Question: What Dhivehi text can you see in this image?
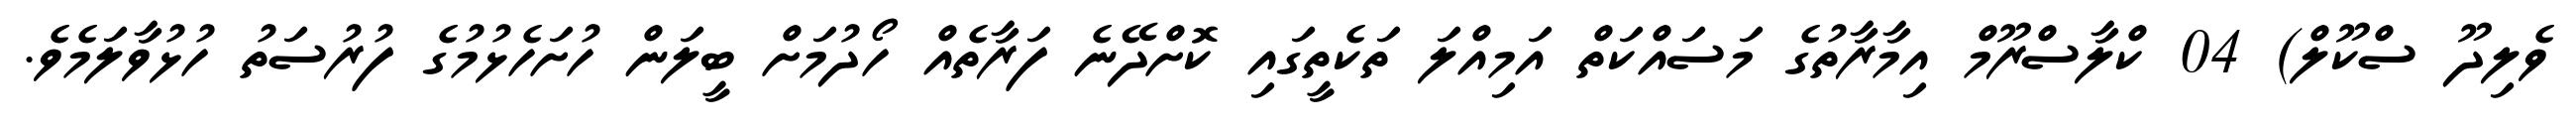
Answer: ވެލިދޫ ސްކޫލް) 04 ކްލާސްރޫމް އިމާރާތުގެ މަސައްކަތް އަމިއްލަ ތަކެތީގައި ކޮށްދޭނެ ފަރާތެއް ހޯދުމަށް ބީލަން ހުށަހެޅުމުގެ ފުރުސަތު ހުޅުވާލަމެވެ.